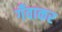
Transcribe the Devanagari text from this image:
गँवाकर